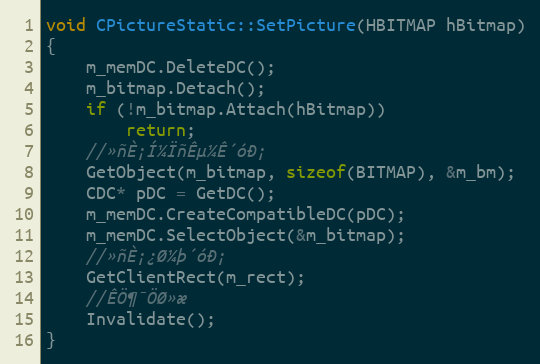
Language: C++
void CPictureStatic::SetPicture(HBITMAP hBitmap)
{
	m_memDC.DeleteDC();
	m_bitmap.Detach();
	if (!m_bitmap.Attach(hBitmap))
		return;
	//»ñÈ¡Í¼ÏñÊµ¼Ê´óÐ¡
	GetObject(m_bitmap, sizeof(BITMAP), &m_bm);
	CDC* pDC = GetDC();
	m_memDC.CreateCompatibleDC(pDC);
	m_memDC.SelectObject(&m_bitmap);
	//»ñÈ¡¿Ø¼þ´óÐ¡
	GetClientRect(m_rect);
	//ÊÖ¶¯ÖØ»æ
	Invalidate();
}